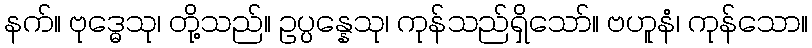
နက်။ ဗုဒ္ဓေသု၊ တို့သည်။ ဥပ္ပန္နေသု၊ ကုန်သည်ရှိသော်။ ဗဟူနံ၊ ကုန်သော။